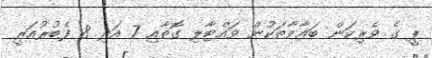
ޕީ ގެ ވެރިކަން ބަޣާވާތަކުން ވައްޓާލި ގޮތާއި 7 އަދި 8 ފެބުރުއަރީ